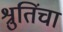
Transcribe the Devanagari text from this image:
श्रुतिंचा